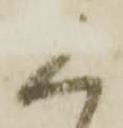
く